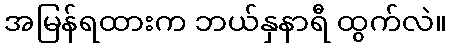
အမြန်ရထားက ဘယ်နှနာရီ ထွက်လဲ။